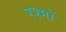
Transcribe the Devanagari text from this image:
रश्मों